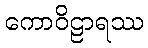
ကောဝိဠာရဿ